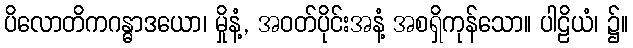
ပိလောတိကဂန္ဓာဒယော၊ မှိုနံ့, အဝတ်ပိုင်းအနံ့ အစရှိကုန်သော။ ပါဠိယံ၊ ၌။